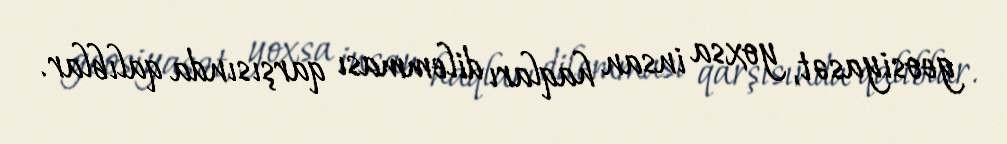
geosiyasət, yoxsa insan haqları dilemması qarşısında qalıblar.